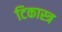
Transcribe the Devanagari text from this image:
टिकास्त्र